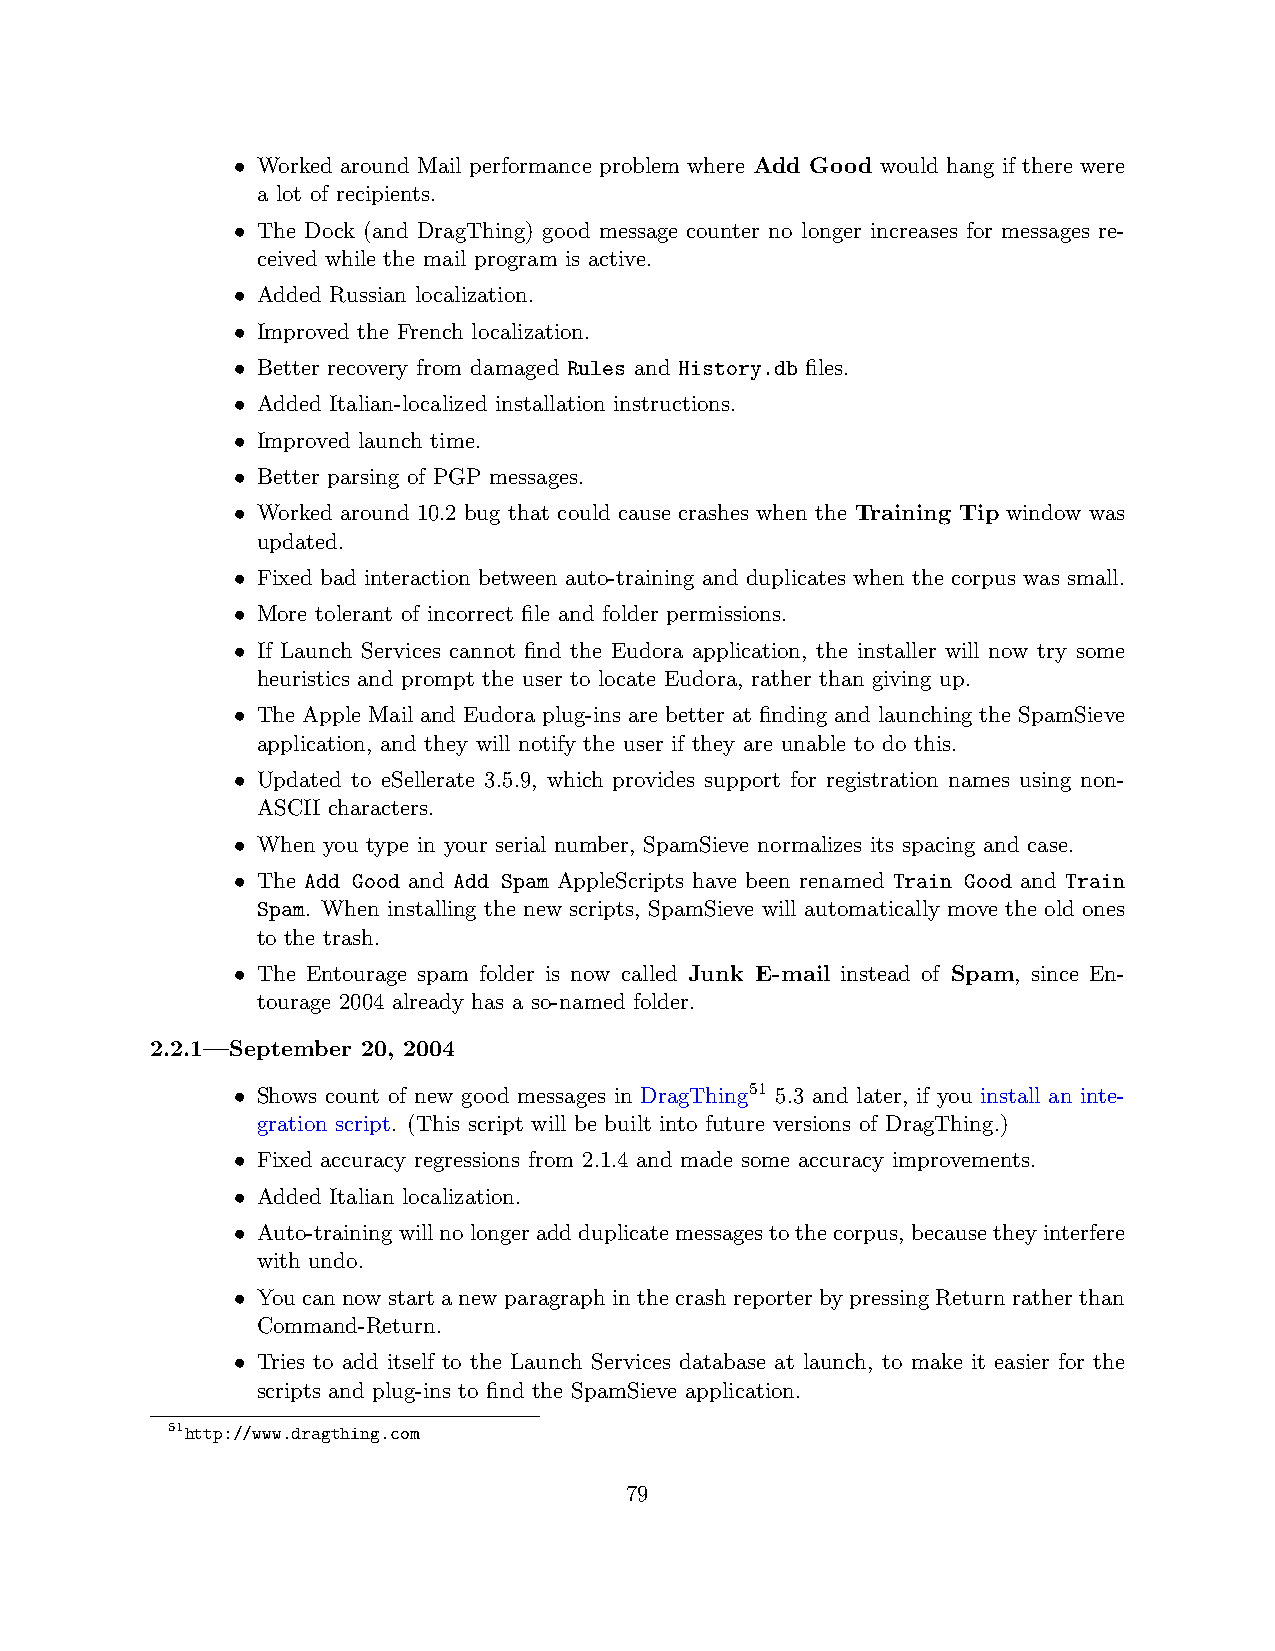
• Worked around Mail performance problem where Add Good would hang if there were
 a lot of recipients.
 • The Dock (and DragThing) good message counter no longer increases for messages re-
 ceived while the mail program is active.
 • Added Russian localization.
 • Improved the French localization.
 • Better recovery from damaged Rules and History.db files.
 • Added Italian-localized installation instructions.
 • Improved launch time.
 • Better parsing of PGP messages.
 • Worked around 10.2 bug that could cause crashes when the Training Tip window was
 updated.
 • Fixed bad interaction between auto-training and duplicates when the corpus was small.
 • More tolerant of incorrect file and folder permissions.
 • If Launch Services cannot find the Eudora application, the installer will now try some
 heuristics and prompt the user to locate Eudora, rather than giving up.
 • The Apple Mail and Eudora plug-ins are better at finding and launching the SpamSieve
 application, and they will notify the user if they are unable to do this.
 • Updated to eSellerate 3.5.9, which provides support for registration names using non-
 ASCII characters.
 • When you type in your serial number, SpamSieve normalizes its spacing and case.
 • The Add Good and Add Spam AppleScripts have been renamed Train Good and Train
 Spam. When installing the new scripts, SpamSieve will automatically move the old ones
 to the trash.
 • The Entourage spam folder is now called Junk E-mail instead of Spam, since En-
 tourage 2004 already has a so-named folder.
 2.2.1—September 20, 2004
 • Shows count of new good messages in DragThing51 5.3 and later, if you install an inte-
 gration script. (This script will be built into future versions of DragThing.)
 • Fixed accuracy regressions from 2.1.4 and made some accuracy improvements.
 • Added Italian localization.
 • Auto-trainingwillnolongeraddduplicatemessagestothecorpus,becausetheyinterfere
 with undo.
 • Youcannow starta new paragraphinthe crashreporterbypressing Returnratherthan
 Command-Return.
 • Tries to add itself to the Launch Services database at launch, to make it easier for the
 scripts and plug-ins to find the SpamSieve application.
 51http://www.dragthing.com
 79